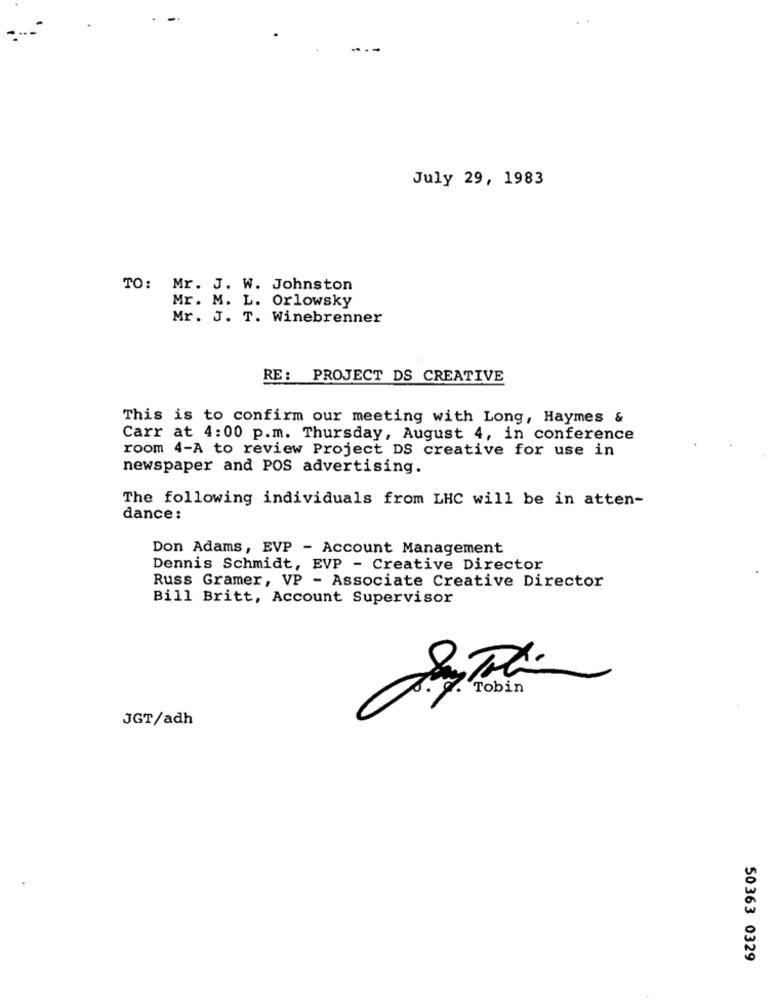
July 29, 1983
TO: Mr. J. W. Johnston
Mr. M. L. Orlowsky
Mr. J. T. Winebrenner
RE: PROJECT DS CREATIVE
This is to confirm our meeting with Long, Haymes &
Carr at 4:00 p.m. Thursday, August 4, in conference
room 4-A to review Project DS creative for use in
newspaper and POS advertising.
The following individuals from LHC will be in atten-
dance:
Don Adams, EVP - Account Management
Dennis Schmidt, EVP - Creative Director
Russ Gramer, VP - Associate Creative Director
Bill Britt, Account Supervisor
. . Tobin
JGT/adh
50363 0329